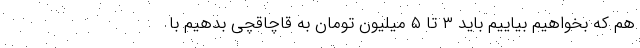
هم که بخواهیم بیاییم باید ۳ تا ۵ میلیون تومان به قاچاقچی بدهیم با